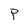
Character: p